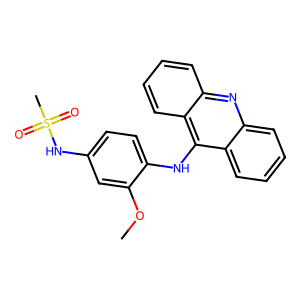
SMILES: COc1cc(NS(C)(=O)=O)ccc1Nc1c2ccccc2nc2ccccc12
Inhibits HIV replication: No